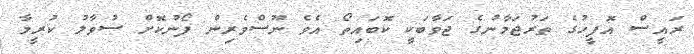
ރައީސް އޮފީހުގެ ތަރުޖަމާނުގެ ޖަވާބަކީ ކޮބައިތޯ އެވެ ނޫސްވެރިން ފޯނުކޮށް ސުވާލު ކުރީމާ